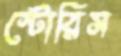
স্টোরিস